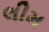
લીમ